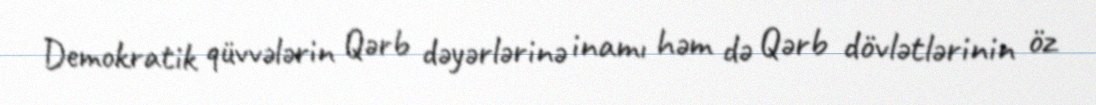
Demokratik qüvvələrin Qərb dəyərlərinə inamı həm də Qərb dövlətlərinin öz